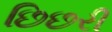
છિછરી